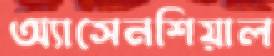
অ্যাসেনশিয়াল